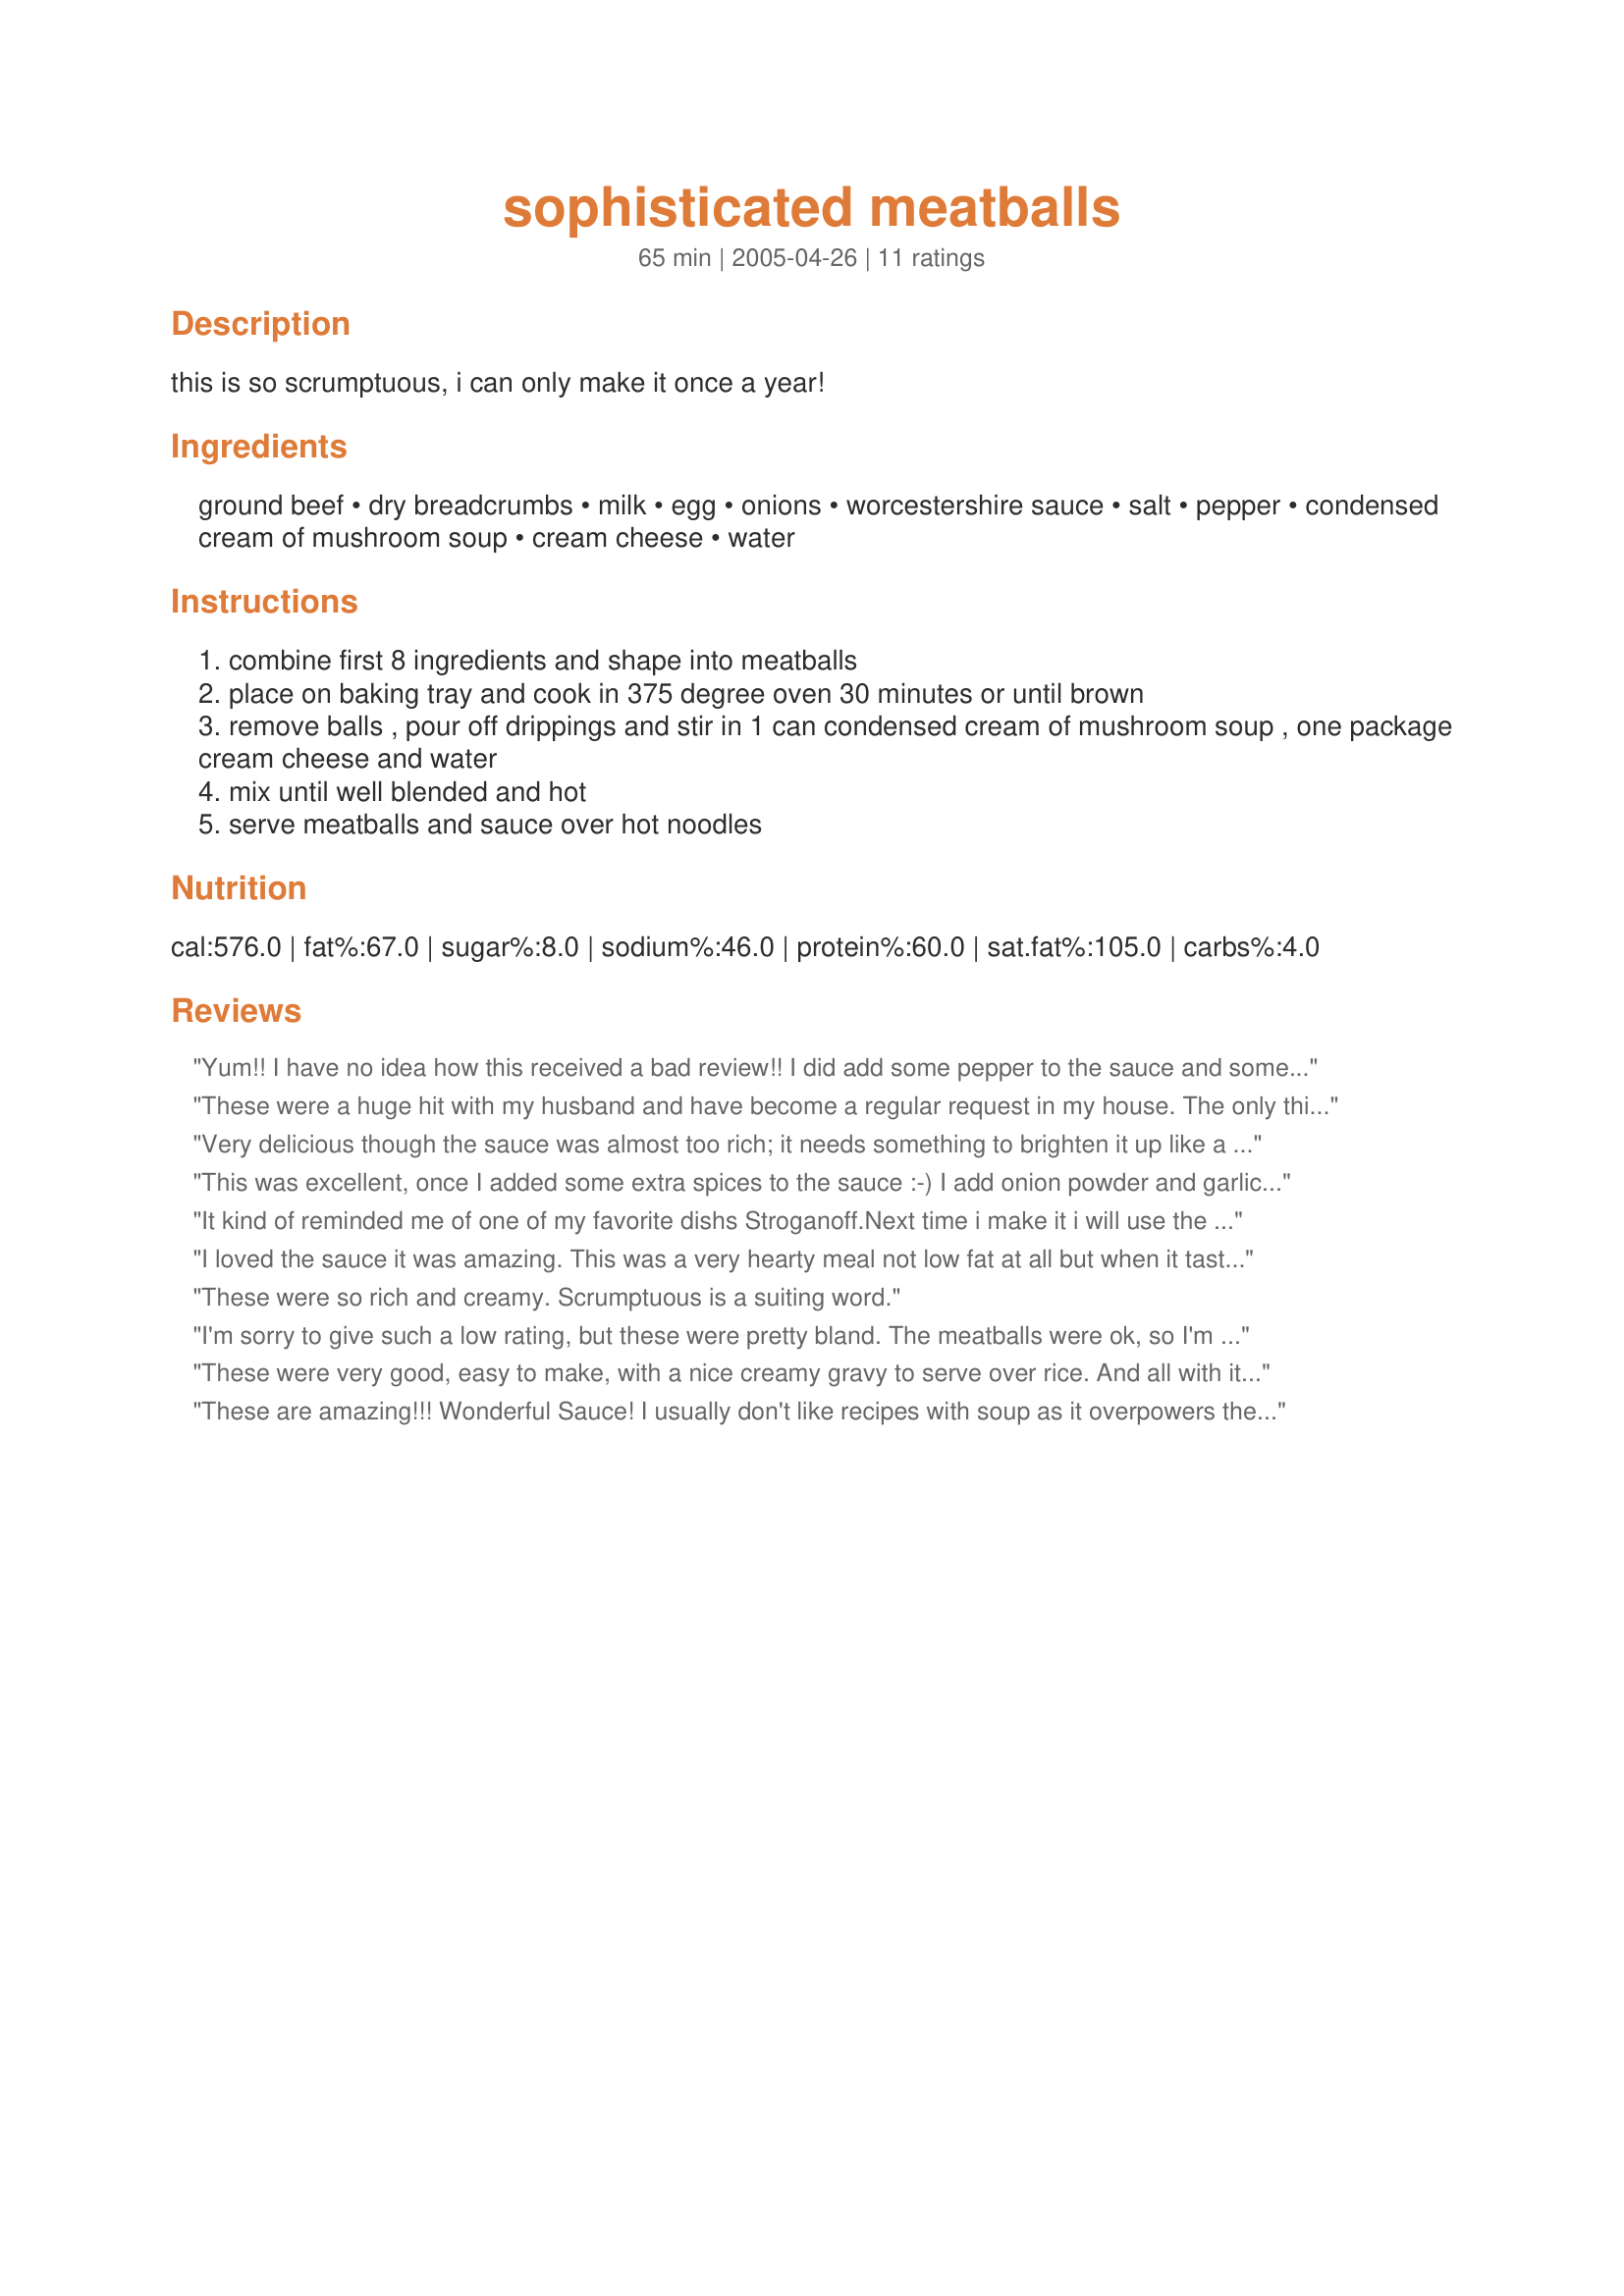
sophisticated meatballs
Preparation time: 65 minutes

this is so scrumptuous, i can only make it once a year!

Ingredients:
ground beef, dry breadcrumbs, milk, egg, onions, worcestershire sauce, salt, pepper, condensed cream of mushroom soup, cream cheese, water

Steps:
combine first 8 ingredients and shape into meatballs
place on baking tray and cook in 375 degree oven 30 minutes or until brown
remove balls , pour off drippings and stir in 1 can condensed cream of mushroom soup , one package cream cheese and water
mix until well blended and hot
serve meatballs and sauce over hot noodles

Reviews:
Yum!! I have no idea how this received a bad review!! I did add some pepper to the sauce and some garlic powder to the meatballs. My whole family raved!!
These were a huge hit with my husband and have become a regular request in my house. The only thing i changed was i used garlic and herb cream cheese.
Thank you for a great recipe. Definately a keeper.
Very delicious though the sauce was almost too rich; it needs something to brighten it up like a splash of wine or vinegar. we served with egg noodles and a salad on the side.
This was excellent, once I added some extra spices to the sauce :-) I add onion powder and garlic to the meatballs themselves, and I add about 1/4 tsp of pepper, 2 tsp onion powder (or some fresh chopped onion), 1-2 tsp garlic powder (or freshly minced garlic) and sometimes some white wine to the sauce. I also normally substitute milk for the water. Thanks for a great base recipe.
It kind of reminded me of one of my favorite dishs Stroganoff.Next time i make it i will use the meatball recipe instead. I bet it would make a excellent way to make hamburgers too.The sauce was killer also . Even better the next day .Call me crazy but it would make an excellent bagel sandwich spread with the cream chesse base.
I loved the sauce it was amazing. This was a very hearty meal not low fat at all but when it tastes like this who cares!
These were so rich and creamy. Scrumptuous is a suiting word.
I'm sorry to give such a low rating, but these were pretty bland. The meatballs were ok, so I'm giving it two stars, but the sauce was a failure in the taste department. Yes, it was rich and creamy but extremely bland. It definitely needs some additional spices. I ended up scooping out all the meatballs from the sauce and throwing all the sauce out. I won't be making this again.

Thanks anyway.
These were very good, easy to make, with a nice creamy gravy to serve over rice. And all with items already found in your pantry. Will make this one again!
These are amazing!!! Wonderful Sauce! I usually don't like recipes with soup as it overpowers the dish - but not this one!!! I did use Cream of Mushroom with Roasted Garlic Soup. My roommates could not get enough of them...they waited for the fullness feeling to end so they could eat more....there were NO leftovers. I served them over egg noodles and watched them disappear! Wonderful Recipe!
These meatballs are deliciously moist and flavoursome, and the mushroom sauce is a great accompaniment. I made them with a mix of ground pork and veal, because that’s what I always use when making recipes with ground meat. Otherwise – apart from adding a few cloves of crushed garlic – I followed the recipe exactly. I served them on a bed of rice, using Mom's Brown Rice recipe #81958, which I made with one can of mushroom soup and one can of chicken soup rather than the beef soup specified in the recipe. I think the milk in the meatballs must be the ‘secret’ ingredient that helped make these so delicious. I have a bolognaise recipe in which this is one of those ‘secret’ ingredients which adds something extra to the flavour. The dried breadcrumbs I used had parmesan cheese in them, probably not much, but that’s what was claimed on the packet! Everyone loved them. The only reason that there were some left to go in the freezer was that I had doubled the recipe. Forty meatballs were more than four could eat in a sitting, even after coming back for seconds! Thanks, Kymmarie for a great recipe, which I shall be making again.
